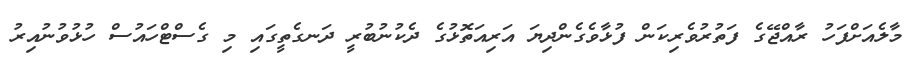
މާލެއަށްފަހު ރާއްޖޭގެ ފަތުރުވެރިކަން ފުޅާވެގެންދިޔަ އަރިއަތޮޅުގެ ދެކުނުބުރީ ދަނގެތީގައި މި ގެސްޓްހައުސް ހުޅުވުނުއިރު